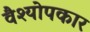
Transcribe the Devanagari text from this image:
वैश्योपकार